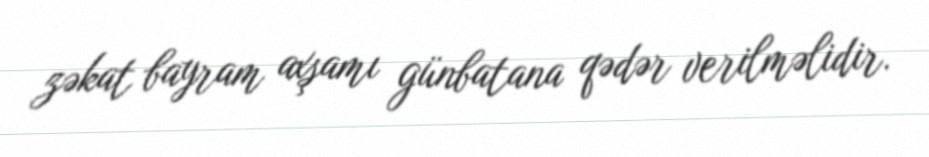
zəkat bayram axşamı günbatana qədər verilməlidir.